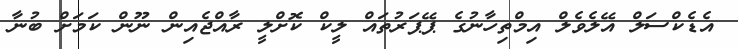
އެޑެކްސަލް އޭލެވެލް އިމްތިހާނުގެ ޕޭޕަރުތައް ލީކް ކޮށްލީ ރާއްޖެއިން ނޫން ކަމަށް ބުނާ